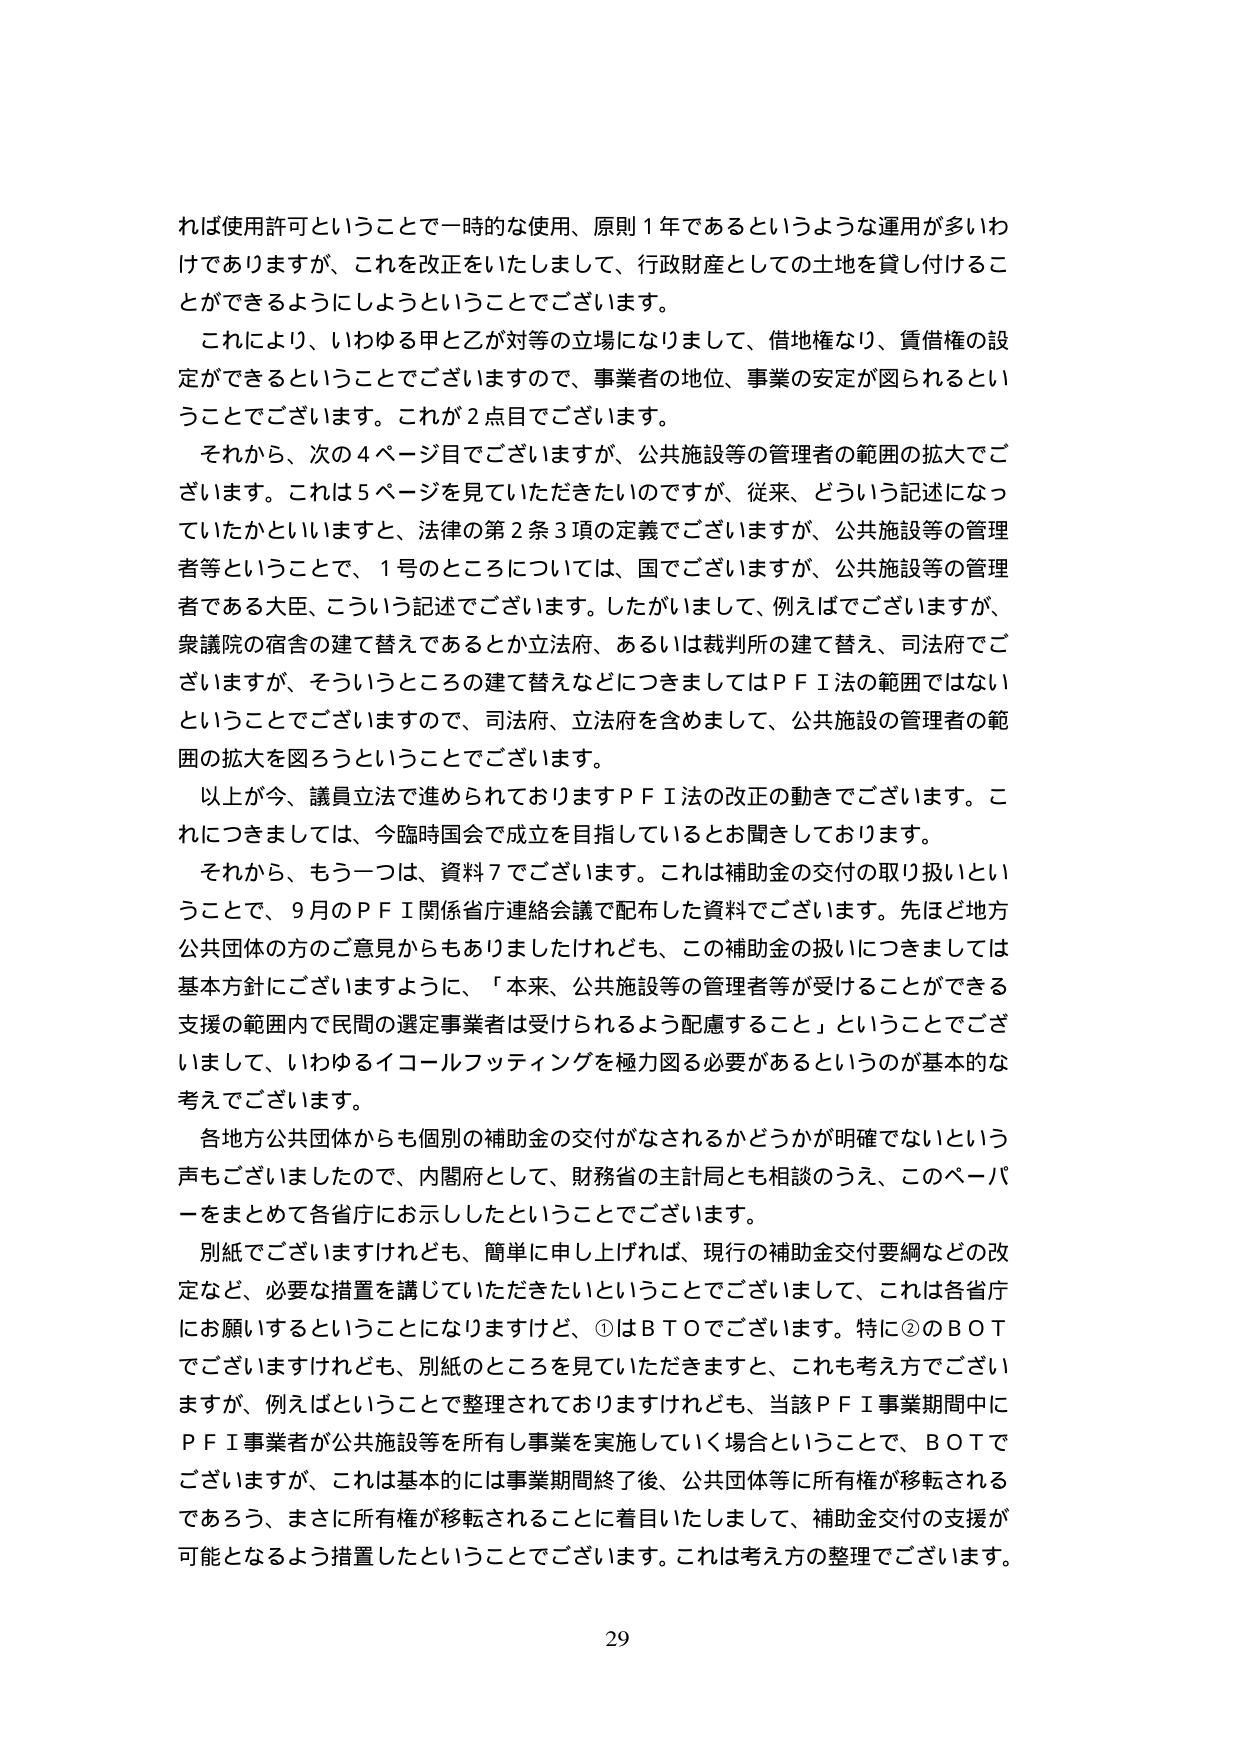
れば使用許可ということで一時的な使用、原則１年であるというような運用が多いわけですが、これを改正をいたしまして、行政財産としての土地を貸し付けることができるようにしようということでございます。

これにより、いわゆる甲と乙が対等の立場になりまして、借地権なり、賃借権の設定ができるということでございますので、事業者の地位、事業の安定が図られるということでございます。これが２点目でございます。

それから、次の４ページ目でございますが、公共施設等の管理者の範囲の拡大でございます。これは５ページを見ていただきたいのですが、従来、どういう記述になっていたかといいますと、法律の第２条３項の定義でございますが、公共施設等の管理者等ということで、１号のところについては、国でございますが、公共施設等の管理者である大臣、こういう記述でございます。したがいまして、例えばございますが、衆議院の宿舎の建て替えであるとか立法府、あるいは裁判所の建て替え、司法府でございますが、そういうところの建て替えなどにつきましてはＰＦＩ法の範囲ではないということでございますので、司法府、立法府を含めまして、公共施設の管理者の範囲の拡大を図ろうということでございます。

以上が今、議員立法で進められておりますＰＦＩ法の改正の動きでございます。これにつきましては、今臨時国会で成立を目指しているとお聞きしております。

それから、もう一つは、資料７でございます。これは補助金の交付の取り扱いということで、９月のＰＦＩ関係省庁連絡会議で配布した資料でございます。先ほど地方公共団体の方のご意見からもありましたけれども、この補助金の扱いにつきましては基本方針にございますように、「本来、公共施設等の管理者等が受けることができる支援の範囲内で民間の選定事業者は受けられるよう配慮すること」ということでございまして、いわゆるイコールフッティングを極力図る必要があるというのが基本的な考えでございます。

各地方公共団体からも個別の補助金の交付がなされるかどうかが明確でないという声もございましたので、内閣府として、財務省の主計局とも相談のうえ、このペーパーをまとめて各省庁にお示ししたということでございます。

別紙でございますけれども、簡単に申し上げれば、現行の補助金交付要綱などの改定など、必要な措置を講じていただきたいということでございまして、これは各省庁にお願いするということになりますけど、①はＢＴＯでございます。特に②のＢＯＴでございますけれども、別紙のところを見ていただきますと、これも考え方でございますが、例えばということで整理されておりますけれども、当該ＰＦＩ事業期間中にＰＦＩ事業者が公共施設等を所有し事業を実施していく場合ということで、ＢＯＴでございますが、これは基本的には事業期間終了後、公共団体等に所有権が移転されるであろう、まさに所有権が移転されることに着目いたしまして、補助金交付の支援が可能となるよう措置したということでございます。これは考え方の整理でございます。

29